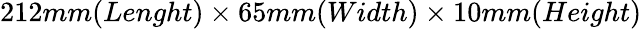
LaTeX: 212mm(Lenght)\times 65mm(Width)\times 10mm(Height)